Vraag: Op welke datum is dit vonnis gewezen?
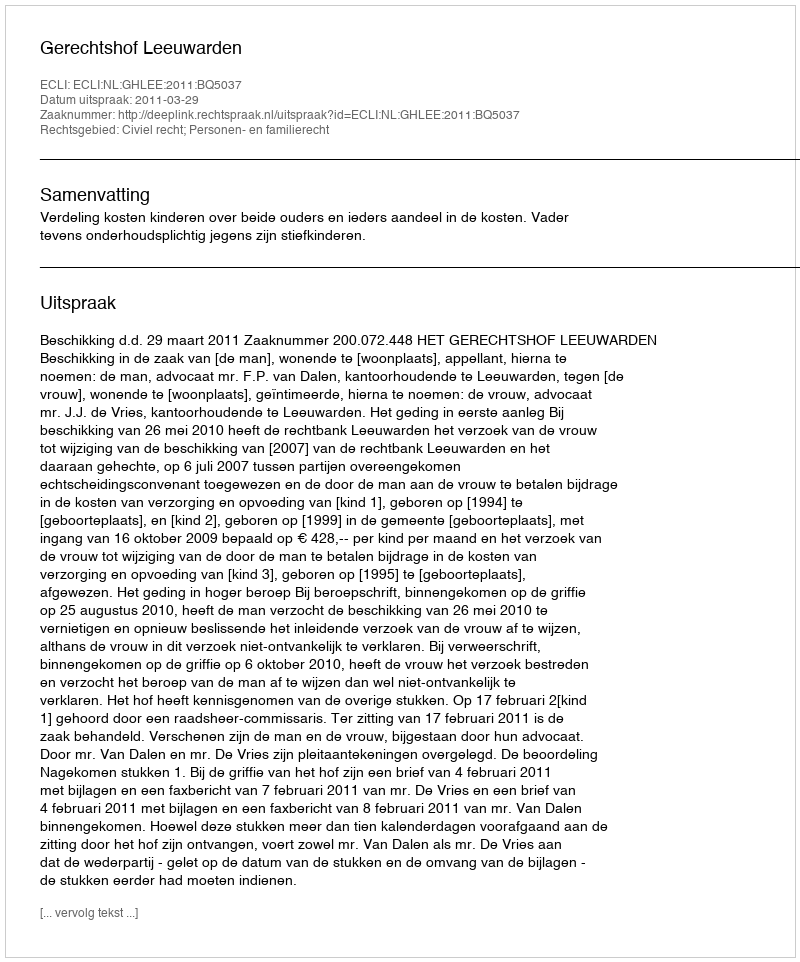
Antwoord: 2011-03-29